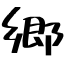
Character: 郷